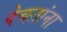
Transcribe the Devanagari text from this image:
वेचतांना